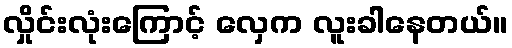
လှိုင်းလုံးကြောင့် လှေက လူးခါနေတယ်။